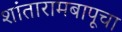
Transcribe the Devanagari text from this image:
शांतारामबापूचा